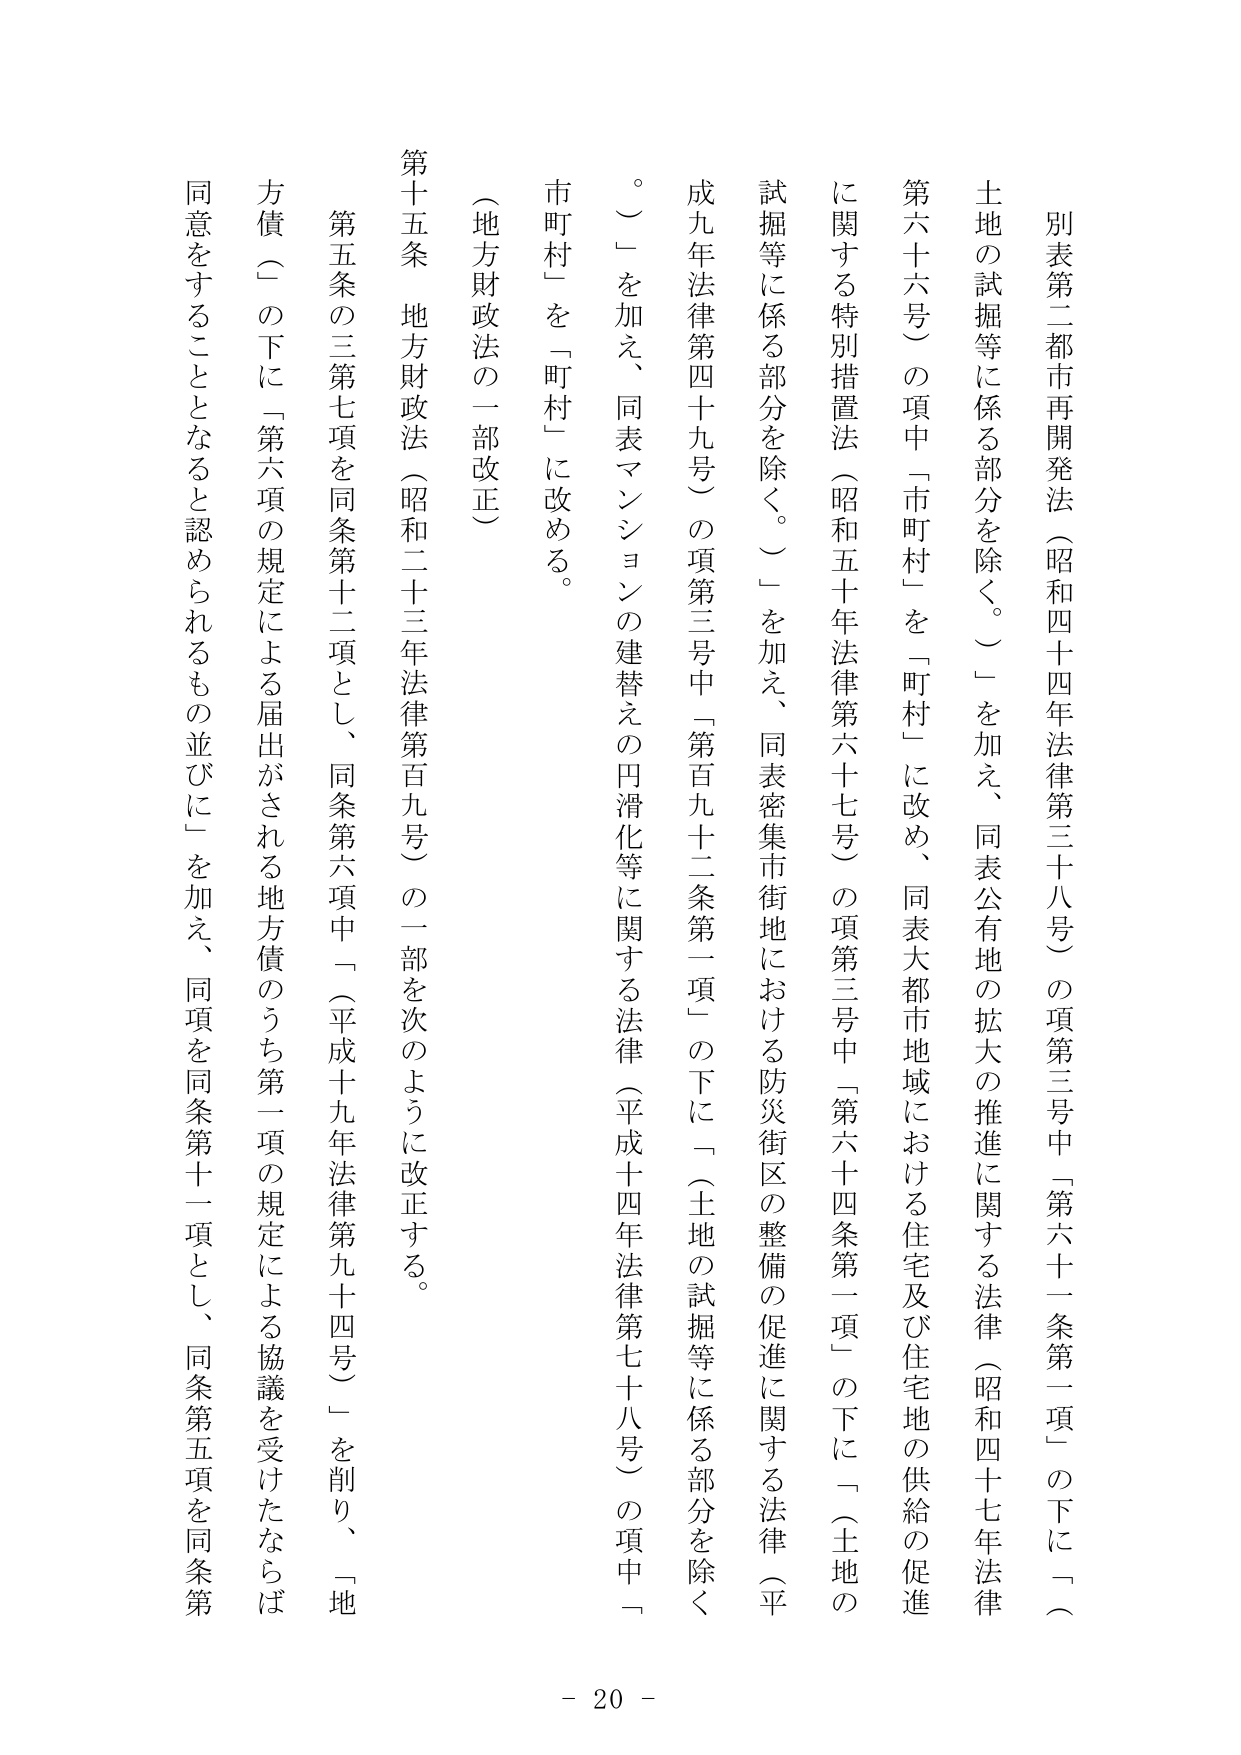
別表第二都市再開発法（昭和四十四年法律第三十八号）の項第三号中「第六十一条第一項」の下に「（土地の試掘等に係る部分を除く。）」を加え、同表公有地の拡大の推進に関する法律（昭和四十七年法律第六十六号）の項中「市町村」を「町村」に改め、同表大都市地域における住宅及び住宅地の供給の促進に関する特別措置法（昭和五十年法律第六十七号）の項第三号中「第六十四条第一項」の下に「（土地の試掘等に係る部分を除く。）」を加え、同表密集市街地における防災街区の整備の促進に関する法律（平成九年法律第四十九号）の項第三号中「第百九十二条第一項」の下に「（土地の試掘等に係る部分を除く。）」を加え、同表マンションの建替えの円滑化等に関する法律（平成十四年法律第七十八号）の項中「市町村」を「町村」に改める。

（地方財政法の一部改正）

第十五条 地方財政法（昭和二十三年法律第百九号）の一部を次のように改正する。

第五条の三第七項を同条第十二項とし、同条第六項中「（平成十九年法律第九十四号）」を削り、「地方債（）の下に「第六項の規定による届出がされる地方債のうち第一項の規定による協議を受けたならば同意をすることとなると認められるもの並びに」を加え、同項を同条第十一項とし、同条第五項を同条第

- 20 -